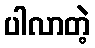
ပါလာတဲ့